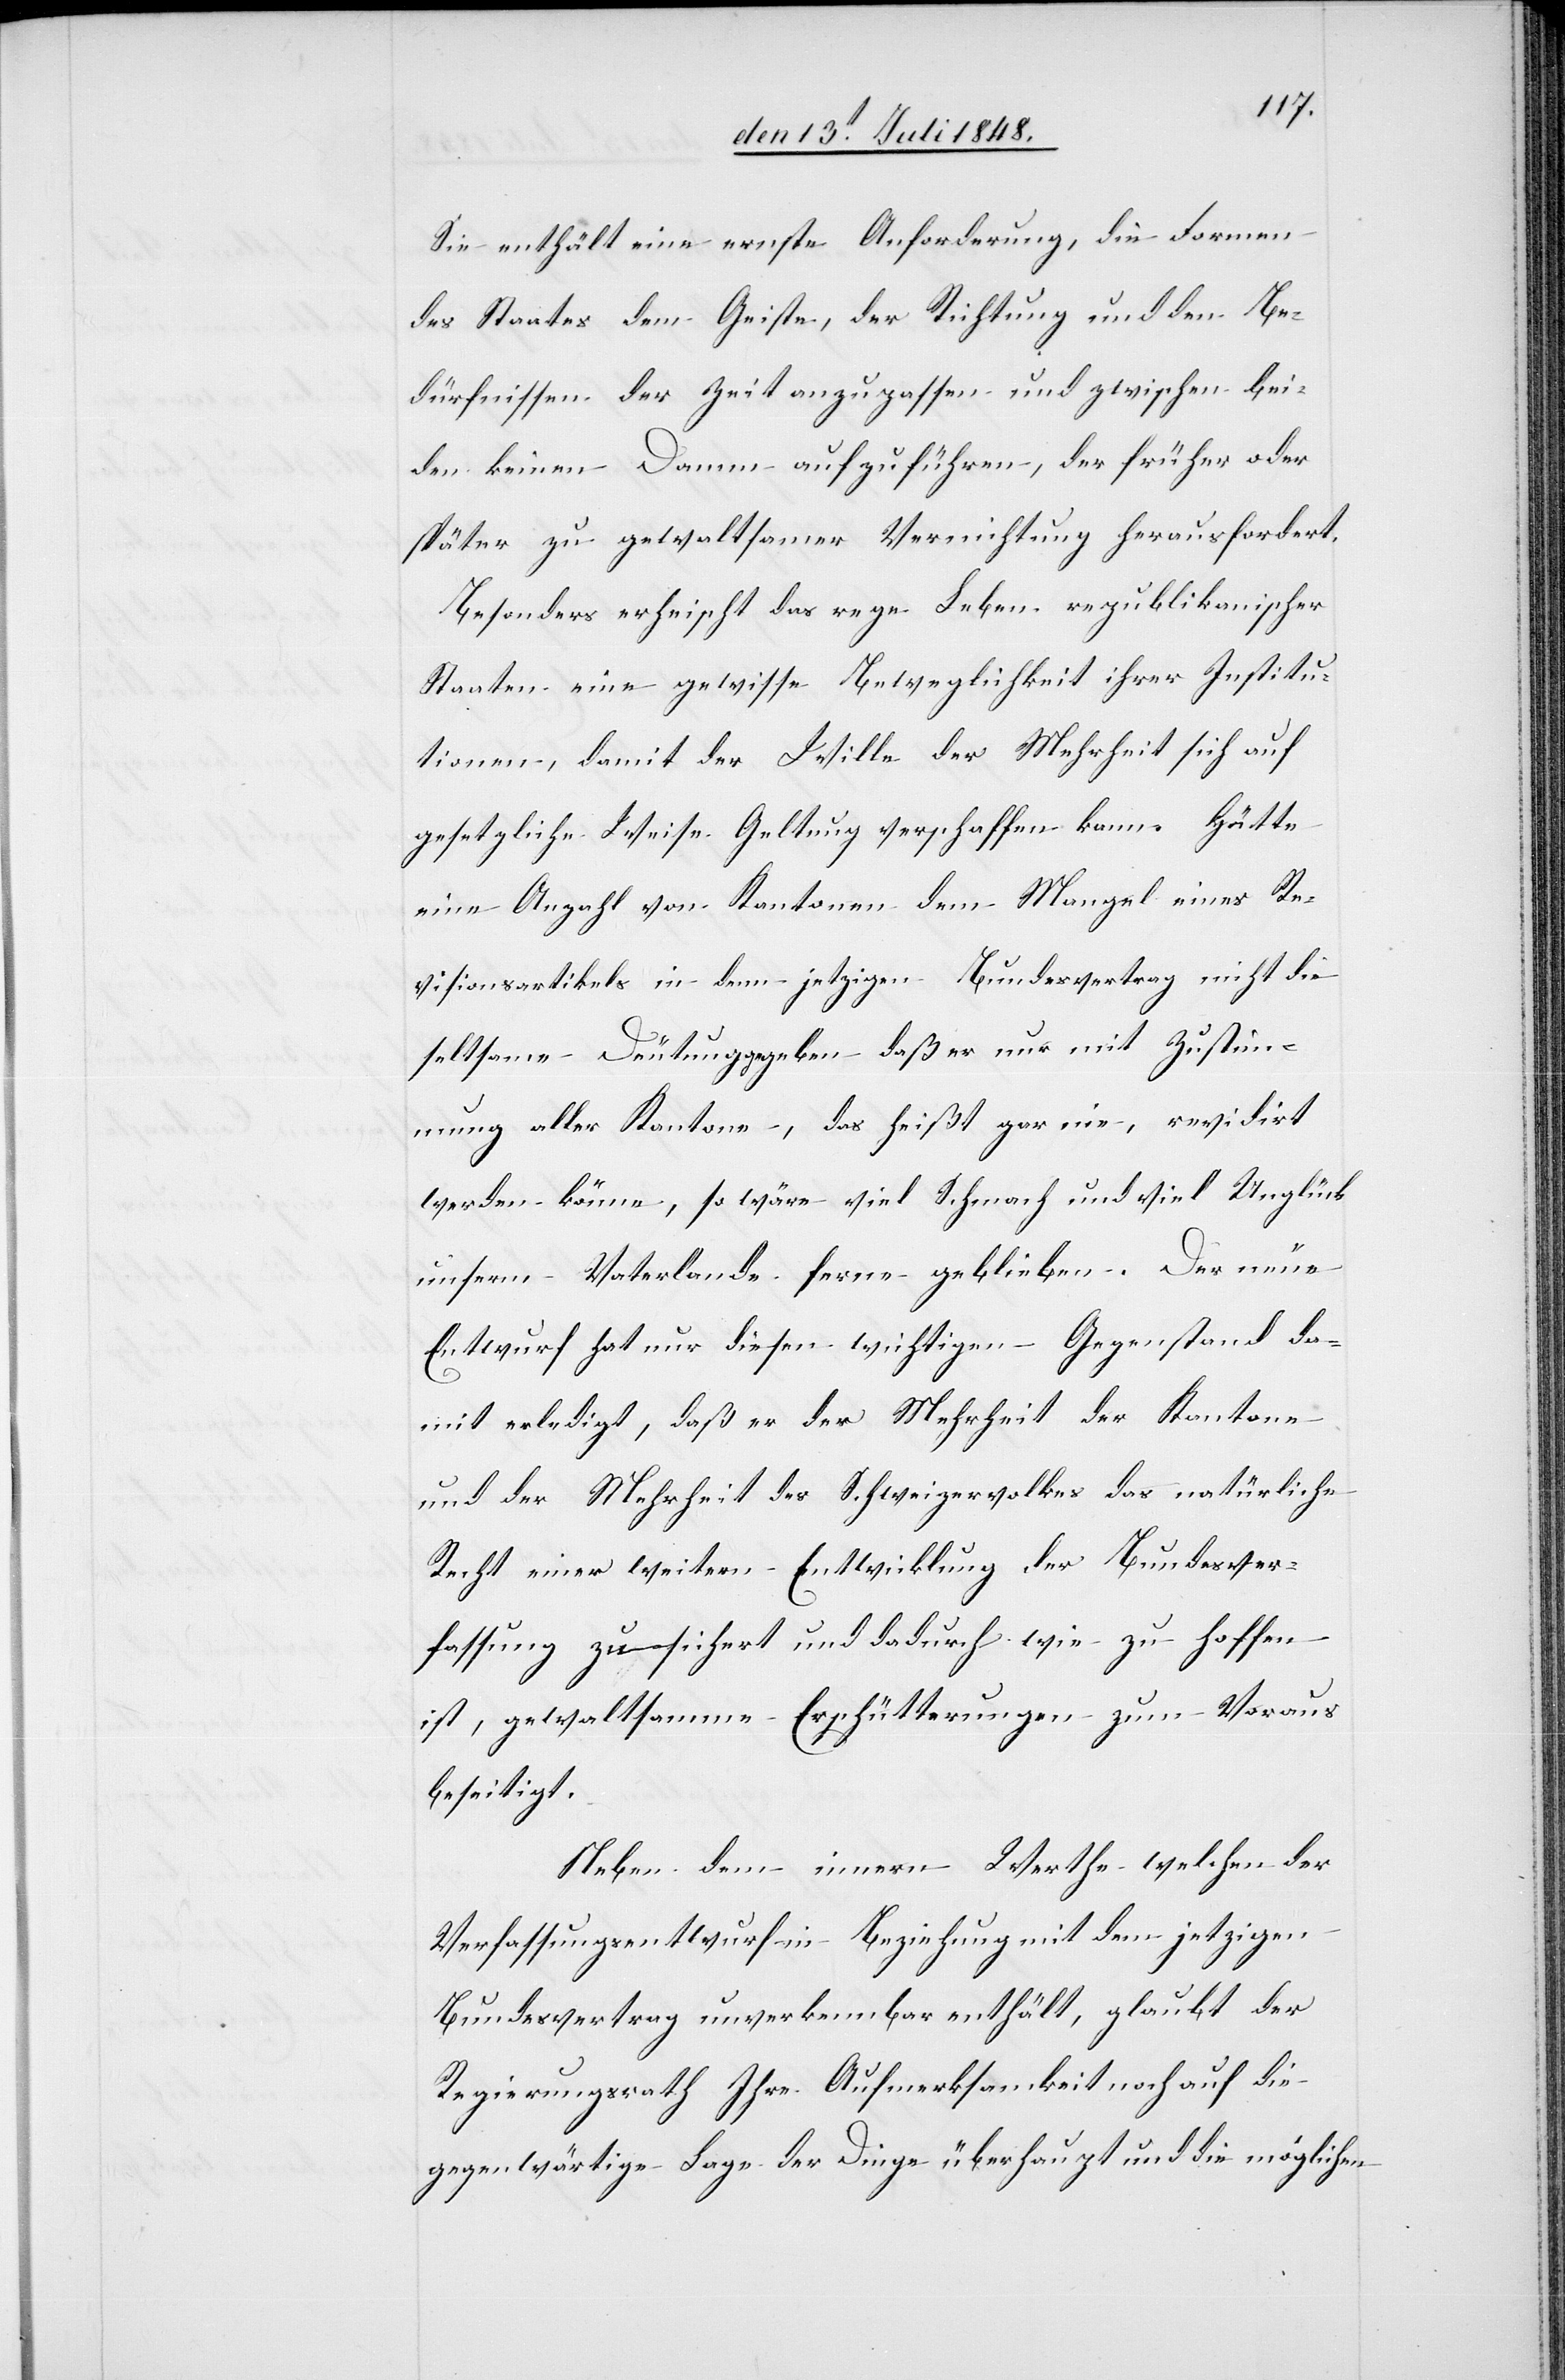
Sie enthält eine ernste Anforderung, die Formen
des Staates dem Geiste, der Richtung und den Be¬
dürfnissen der Zeit anzupassen und zwischen bei¬
den keinen Damm aufzuführen, der früher oder
später zu gewaltsamer Vernichtung herausfordert.
Besonders erheischt das rege Leben republikanischer
Staaten eine gewisse Beweglichkeit ihrer Institu¬
tionen, damit der Wille der Mehrheit sich auf
gesetzliche Weise Geltung verschaffen kann. Hätte
eine Anzahl von Kantonen dem Mangel eines Re¬
visionsartikels in dem jetzigen Bundesvertrag nicht die
seltsame Deutung gegeben daß er nur mit Zustim¬
mung aller Kantone, das heißt gar nie, revidirt
werden könne, so wäre viel Schmach und viel Unglück
unserm Vaterlande fern geblieben. Der neue
Entwurf hat nur diesen wichtigen Gegenstand da¬
mit erledigt, daß er der Mehrheit der Kantone
und der Mehrheit des Schweizervolkes das natürliche
Recht einer weitern Entwicklung der Bundesver¬
fassung zusichert und dadurch wie zu hoffen
ist, gewaltsamme Erschütterungen zum Voraus
beseitigt.
Neben dem innern Werthe welchen der
Verfassungsentwurf in Beziehung mit dem jetzigen
Bundesvertrag unverkennbar enthält, glaubt der
Regierungsrath Ihre Aufmerksamkeit noch auf die
gegenwärtige Lage der Dinge überhaupt und die möglichen